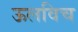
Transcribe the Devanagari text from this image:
ऊलविच